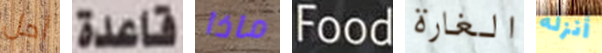
أجل قاعدة ماذا Food الغارة أنزله